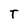
Character: T